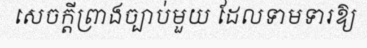
សេចក្តីព្រាងច្បាប់មួយ ដែលទាមទារឱ្យ